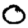
Digit: 0